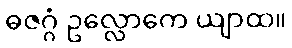
ဓဇဂ္ဂံ ဥလ္လောကေ ယျာထ။